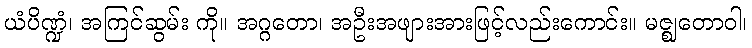
ယံပိဏ္ဍံ၊ အကြင်ဆွမ်း ကို။ အဂ္ဂတော၊ အဦးအဖျားအားဖြင့်လည်းကောင်း။ မဇ္ဈတောဝါ၊